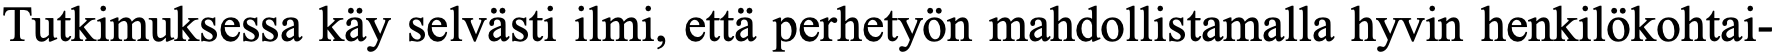
Tutkimuksessa käy selvästi ilmi, että perhetyön mahdollistamalla hyvin henkilökohtai-